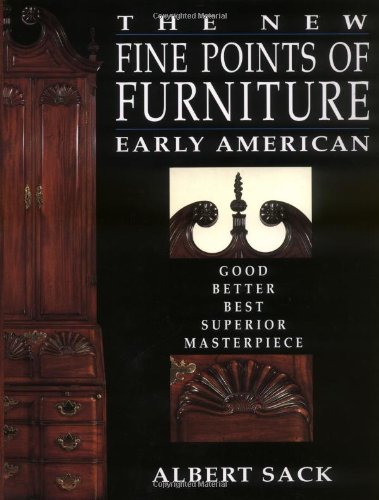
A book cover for The New Fine Points of Furniture: Early American: The Good, Better, Best, Superior, Masterpiece; Albert Sack; Crafts, Hobbies & Home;